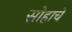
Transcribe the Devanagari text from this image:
सोहाचे